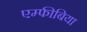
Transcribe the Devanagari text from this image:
एम्‍फीबिया